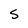
Character: 5